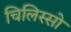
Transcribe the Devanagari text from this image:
चिलिस्सो